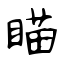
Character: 瞄